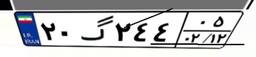
۲۰گ۲۴۴۰۵